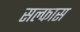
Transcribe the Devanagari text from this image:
सल्फास